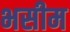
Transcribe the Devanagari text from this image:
भसीम